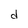
Character: d